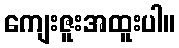
ကျေးဇူးအထူးပါ။